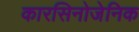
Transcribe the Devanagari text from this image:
कारसिनोजेनिक